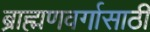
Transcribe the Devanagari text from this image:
ब्राह्मणवर्गासाठी